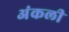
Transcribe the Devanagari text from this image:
अंकली